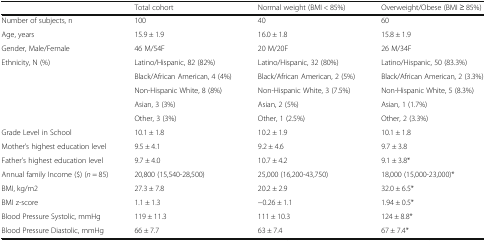
|  | Total cohort | Normal weight (BMI < 85%) | Overweight/Obese (BMI ≥ 85%) |
 | --- | --- | --- | --- |
 | Number of subjects, n | 100 | 40 | 60 |
 | Age, years | 15.9 ± 1.9 | 16.0 ± 1.8 | 15.8 ± 1.9 |
 | Gender, Male/Female | 46 M/54F | 20 M/20F | 26 M/34F |
 | <ROWSPAN=5> Ethnicity, N (%) | Latino/Hispanic, 82 (82%) | Latino/Hispanic, 32 (80%) | Latino/Hispanic, 50 (83.3%) |
 | Black/African American, 4 (4%) | Black/African American, 2 (5%) | Black/African American, 2 (3.3%) |
 | Non-Hispanic White, 8 (8%) | Non-Hispanic White, 3 (7.5%) | Non-Hispanic White, 5 (8.3%) |
 | Asian, 3 (3%) | Asian, 2 (5%) | Asian, 1 (1.7%) |
 | Other, 3 (3%) | Other, 1 (2.5%) | Other, 2 (3.3%) |
 | Grade Level in School | 10.1 ± 1.8 | 10.2 ± 1.9 | 10.1 ± 1.8 |
 | Mother’s highest education level | 9.5 ± 4.1 | 9.2 ± 4.6 | 9.7 ± 3.8 |
 | Father’s highest education level | 9.7 ± 4.0 | 10.7 ± 4.2 | 9.1 ± 3.8* |
 | Annual family Income ($) (n = 85) | 20,800 (15,540-28,500) | 25,000 (16,200-43,750) | 18,000 (15,000-23,000)* |
 | BMI, kg/m2 | 27.3 ± 7.8 | 20.2 ± 2.9 | 32.0 ± 6.5* |
 | BMI z-score | 1.1 ± 1.3 | −0.26 ± 1.1 | 1.94 ± 0.5* |
 | Blood Pressure Systolic, mmHg | 119 ± 11.3 | 111 ± 10.3 | 124 ± 8.8* |
 | Blood Pressure Diastolic, mmHg | 66 ± 7.7 | 63 ± 7.4 | 67 ± 7.4* |